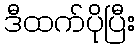
ဒီထက်ပိုပြီး